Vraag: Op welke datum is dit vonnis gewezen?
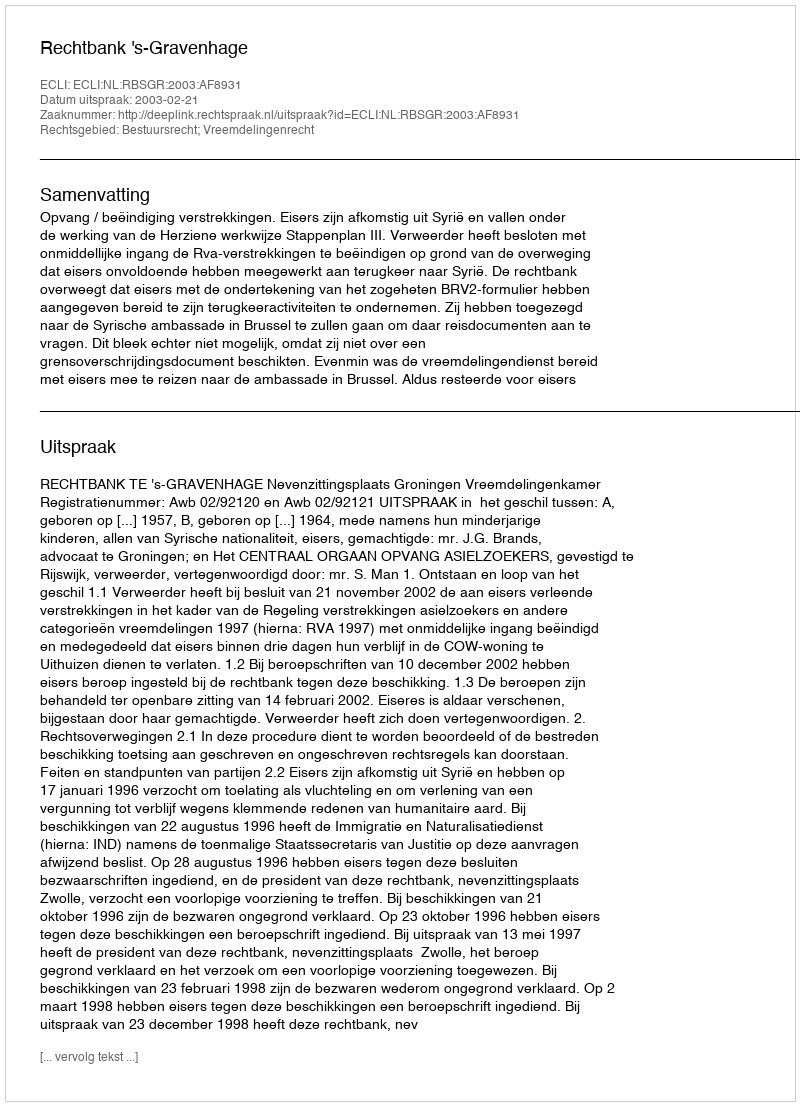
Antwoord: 2003-02-21